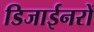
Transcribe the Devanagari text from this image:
डिजाईनरों